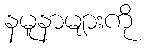
နမူနာများကို